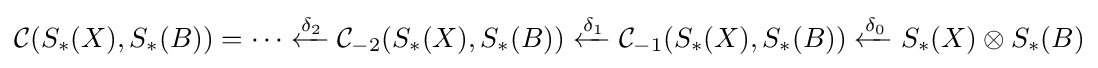
{\mathcal {C}}(S_{\ast }(X),S_{\ast }(B))=\cdots \xleftarrow {\delta _{2}} {\mathcal {C}}_{-2}(S_{\ast }(X),S_{\ast }(B))\xleftarrow {\delta _{1}} {\mathcal {C}}_{-1}(S_{\ast }(X),S_{\ast }(B))\xleftarrow {\delta _{0}} S_{\ast }(X)\otimes S_{\ast }(B)